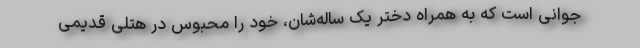
جوانی است که به همراه دختر یک ساله‌شان، خود را محبوس در هتلی قدیمی